Indian journal of veterinary science and animal husbandry - Volumes 15-17, 1948-1951
Year: 1948
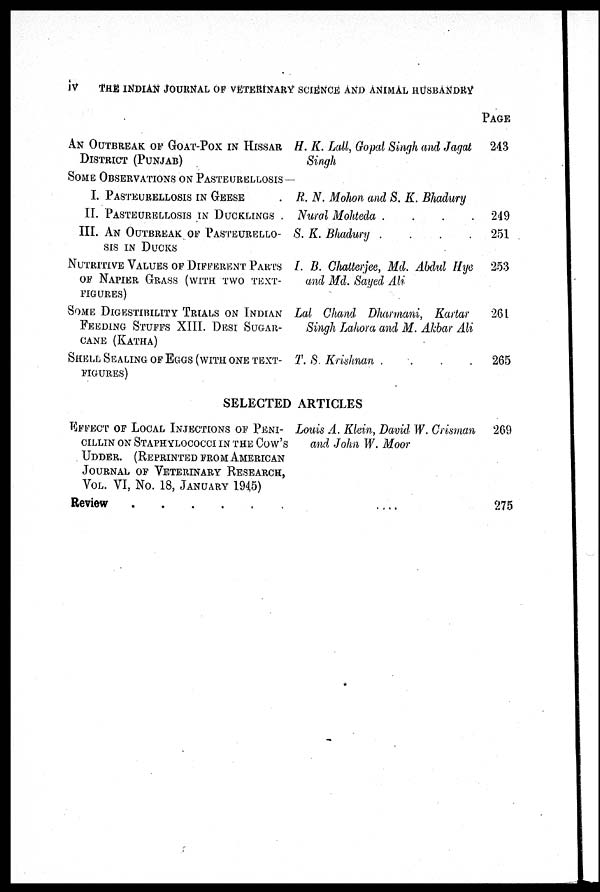
iv
THE INDIAN JOURNAL OF VETERINARY SCIENCE AND ANIMAL HUSBANDRY
AN OUTBREAK OF GOAT-POX IN HISSAR
DISTRICT (PUNJAB)
H. K. Lall, Gopal Singh and Jagat
Singh
PAGE
243
SOME OBSERVATIONS ON PASTEURELLOSIS —
I. PASTEURELLOSIS IN GEESE .
II. PASTEURELLOSIS IN DUCKLINGS .
III. AN OUTBREAK OF PASTEURELLO-
SIS IN DUCKS
NUTRITIVE VALUES OF DIFFERENT PARTS
OF NAPIER GRASS (WITH TWO TEXT-
FIGURES)
SOME DIGESTIBILITY TRIALS ON INDIAN
FEEDING STUFFS XIII. DESI SUGAR-
CANE (KATHA)
SHELL SEALING OF EGGS (WITH ONE TEXT-
FIGURES)
R. N. Mohon and S. K. Bhadury
Nural Mohteda
.
.
.
.
S. K. Bhadury
.
.
.
.
I. B. Chatterjee, Md. Abdul Hye
and Md. Sayed Ali
Lal Chand Dharmani, Kartar
Singh Lahora and M. Akbar Ali
T. S. Krishnan
.
.
.
.
249
251
253
261
265
SELECTED ARTICLES
EFFECT OF LOCAL INJECTIONS OF PENI-
CILLIN ON STAPHYLOCOCCI IN THE COW'S
UDDER. (REPRINTED FROM AMERICAN
JOURNAL OF VETERINARY RESEARCH,
VOL. VI, NO. 18, JANUARY 1945)
Review
.
.
.
.
.
.
Louis A. Klein, David W. Crisman
and John W. Moor
. . . .
269
275